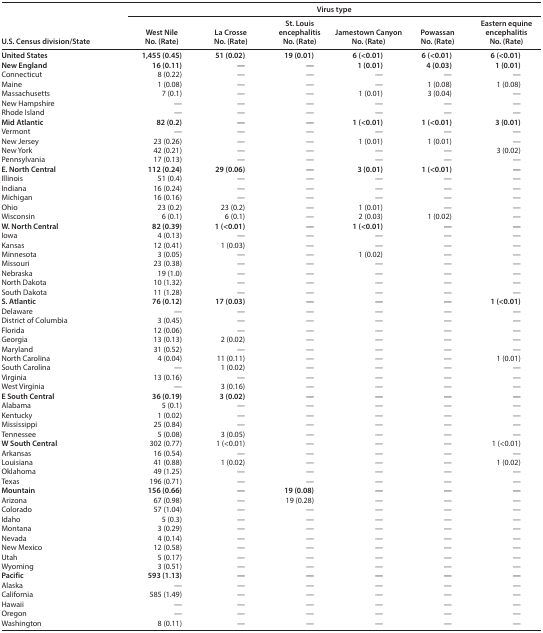
<table><thead><tr><td rowspan="3"><b>U.S. Census division/State</b></td><td colspan="6"><b>Virus type</b></td></tr><tr><td><b>West Nile</b></td><td><b>La Crosse</b></td><td><b>St. Louis encephalitis</b></td><td><b>Jamestown Canyon</b></td><td><b>Powassan</b></td><td><b>Eastern equine encephalitis</b></td></tr><tr><td><b>No. (Rate)</b></td><td><b>No. (Rate)</b></td><td><b>No. (Rate)</b></td><td><b>No. (Rate)</b></td><td><b>No. (Rate)</b></td><td><b>No. (Rate)</b></td></tr><tr><td><b>United States</b></td><td><b>1,455 (0.45)</b></td><td><b>51 (0.02)</b></td><td><b>19 (0.01)</b></td><td><b>6 (&lt;0.01)</b></td><td><b>6 (&lt;0.01)</b></td><td><b>6 (&lt;0.01)</b></td></tr></thead><tbody><tr><td><b>New England</b></td><td><b>16 (0.11)</b></td><td><b>—</b></td><td><b>—</b></td><td><b>1 (0.01)</b></td><td><b>4 (0.03)</b></td><td><b>1 (0.01)</b></td></tr><tr><td>Connecticut</td><td>8 (0.22)</td><td>—</td><td>—</td><td>—</td><td>—</td><td>—</td></tr><tr><td>Maine</td><td>1 (0.08)</td><td>—</td><td>—</td><td>—</td><td>1 (0.08)</td><td>1 (0.08)</td></tr><tr><td>Massachusetts</td><td>7 (0.1)</td><td>—</td><td>—</td><td>1 (0.01)</td><td>3 (0.04)</td><td>—</td></tr><tr><td>New Hampshire</td><td>—</td><td>—</td><td>—</td><td>—</td><td>—</td><td>—</td></tr><tr><td>Rhode Island</td><td>—</td><td>—</td><td>—</td><td>—</td><td>—</td><td>—</td></tr><tr><td><b>Mid Atlantic</b></td><td><b>82 (0.2)</b></td><td><b>—</b></td><td><b>—</b></td><td><b>1 (&lt;0.01)</b></td><td><b>1 (&lt;0.01)</b></td><td><b>3 (0.01)</b></td></tr><tr><td>Vermont</td><td>—</td><td>—</td><td>—</td><td>—</td><td>—</td><td>—</td></tr><tr><td>New Jersey</td><td>23 (0.26)</td><td>—</td><td>—</td><td>1 (0.01)</td><td>1 (0.01)</td><td>—</td></tr><tr><td>New York</td><td>42 (0.21)</td><td>—</td><td>—</td><td>—</td><td>—</td><td>3 (0.02)</td></tr><tr><td>Pennsylvania</td><td>17 (0.13)</td><td>—</td><td>—</td><td>—</td><td>—</td><td>—</td></tr><tr><td><b>E. North Central</b></td><td><b>112 (0.24)</b></td><td><b>29 (0.06)</b></td><td><b>—</b></td><td><b>3 (0.01)</b></td><td><b>1 (&lt;0.01)</b></td><td><b>—</b></td></tr><tr><td>Illinois</td><td>51 (0.4)</td><td>—</td><td>—</td><td>—</td><td>—</td><td>—</td></tr><tr><td>Indiana</td><td>16 (0.24)</td><td>—</td><td>—</td><td>—</td><td>—</td><td>—</td></tr><tr><td>Michigan</td><td>16 (0.16)</td><td>—</td><td>—</td><td>—</td><td>—</td><td>—</td></tr><tr><td>Ohio</td><td>23 (0.2)</td><td>23 (0.2)</td><td>—</td><td>1 (0.01)</td><td>—</td><td>—</td></tr><tr><td>Wisconsin</td><td>6 (0.1)</td><td>6 (0.1)</td><td>—</td><td>2 (0.03)</td><td>1 (0.02)</td><td>—</td></tr><tr><td><b>W. North Central</b></td><td><b>82 (0.39)</b></td><td><b>1 (&lt;0.01)</b></td><td><b>—</b></td><td><b>1 (&lt;0.01)</b></td><td><b>—</b></td><td><b>—</b></td></tr><tr><td>Iowa</td><td>4 (0.13)</td><td>—</td><td>—</td><td>—</td><td>—</td><td>—</td></tr><tr><td>Kansas</td><td>12 (0.41)</td><td>1 (0.03)</td><td>—</td><td>—</td><td>—</td><td>—</td></tr><tr><td>Minnesota</td><td>3 (0.05)</td><td>—</td><td>—</td><td>1 (0.02)</td><td>—</td><td>—</td></tr><tr><td>Missouri</td><td>23 (0.38)</td><td>—</td><td>—</td><td>—</td><td>—</td><td>—</td></tr><tr><td>Nebraska</td><td>19 (1.0)</td><td>—</td><td>—</td><td>—</td><td>—</td><td>—</td></tr><tr><td>North Dakota</td><td>10 (1.32)</td><td>—</td><td>—</td><td>—</td><td>—</td><td>—</td></tr><tr><td>South Dakota</td><td>11 (1.28)</td><td>—</td><td>—</td><td>—</td><td>—</td><td>—</td></tr><tr><td><b>S. Atlantic</b></td><td><b>76 (0.12)</b></td><td><b>17 (0.03)</b></td><td><b>—</b></td><td><b>—</b></td><td><b>—</b></td><td><b>1 (&lt;0.01)</b></td></tr><tr><td>Delaware</td><td>—</td><td>—</td><td>—</td><td>—</td><td>—</td><td>—</td></tr><tr><td>District of Columbia</td><td>3 (0.45)</td><td>—</td><td>—</td><td>—</td><td>—</td><td>—</td></tr><tr><td>Florida</td><td>12 (0.06)</td><td>—</td><td>—</td><td>—</td><td>—</td><td>—</td></tr><tr><td>Georgia</td><td>13 (0.13)</td><td>2 (0.02)</td><td>—</td><td>—</td><td>—</td><td>—</td></tr><tr><td>Maryland</td><td>31 (0.52)</td><td>—</td><td>—</td><td>—</td><td>—</td><td>—</td></tr><tr><td>North Carolina</td><td>4 (0.04)</td><td>11 (0.11)</td><td>—</td><td>—</td><td>—</td><td>1 (0.01)</td></tr><tr><td>South Carolina</td><td>—</td><td>1 (0.02)</td><td>—</td><td>—</td><td>—</td><td>—</td></tr><tr><td>Virginia</td><td>13 (0.16)</td><td>—</td><td>—</td><td>—</td><td>—</td><td>—</td></tr><tr><td>West Virginia</td><td>—</td><td>3 (0.16)</td><td>—</td><td>—</td><td>—</td><td>—</td></tr><tr><td><b>E South Central</b></td><td><b>36 (0.19)</b></td><td><b>3 (0.02)</b></td><td><b>—</b></td><td><b>—</b></td><td><b>—</b></td><td><b>—</b></td></tr><tr><td>Alabama</td><td>5 (0.1)</td><td>—</td><td>—</td><td>—</td><td>—</td><td>—</td></tr><tr><td>Kentucky</td><td>1 (0.02)</td><td>—</td><td>—</td><td>—</td><td>—</td><td>—</td></tr><tr><td>Mississippi</td><td>25 (0.84)</td><td>—</td><td>—</td><td>—</td><td>—</td><td>—</td></tr><tr><td>Tennessee</td><td>5 (0.08)</td><td>3 (0.05)</td><td>—</td><td>—</td><td>—</td><td>—</td></tr><tr><td><b>W South Central</b></td><td>302 (0.77)</td><td>1 (&lt;0.01)</td><td>—</td><td>—</td><td>—</td><td>1 (&lt;0.01)</td></tr><tr><td>Arkansas</td><td>16 (0.54)</td><td>—</td><td>—</td><td>—</td><td>—</td><td>—</td></tr><tr><td>Louisiana</td><td>41 (0.88)</td><td>1 (0.02)</td><td>—</td><td>—</td><td>—</td><td>1 (0.02)</td></tr><tr><td>Oklahoma</td><td>49 (1.25)</td><td>—</td><td>—</td><td>—</td><td>—</td><td>—</td></tr><tr><td>Texas</td><td>196 (0.71)</td><td>—</td><td>—</td><td>—</td><td>—</td><td>—</td></tr><tr><td><b>Mountain</b></td><td><b>156</b> (<b>0.66</b>)</td><td><b>—</b></td><td><b>19 (0.08)</b></td><td><b>—</b></td><td><b>—</b></td><td><b>—</b></td></tr><tr><td>Arizona</td><td>67 (0.98)</td><td>—</td><td>19 (0.28)</td><td>—</td><td>—</td><td>—</td></tr><tr><td>Colorado</td><td>57 (1.04)</td><td>—</td><td>—</td><td>—</td><td>—</td><td>—</td></tr><tr><td>Idaho</td><td>5 (0.3)</td><td>—</td><td>—</td><td>—</td><td>—</td><td>—</td></tr><tr><td>Montana</td><td>3 (0.29)</td><td>—</td><td>—</td><td>—</td><td>—</td><td>—</td></tr><tr><td>Nevada</td><td>4 (0.14)</td><td>—</td><td>—</td><td>—</td><td>—</td><td>—</td></tr><tr><td>New Mexico</td><td>12 (0.58)</td><td>—</td><td>—</td><td>—</td><td>—</td><td>—</td></tr><tr><td>Utah</td><td>5 (0.17)</td><td>—</td><td>—</td><td>—</td><td>—</td><td>—</td></tr><tr><td>Wyoming</td><td>3 (0.51)</td><td>—</td><td>—</td><td>—</td><td>—</td><td>—</td></tr><tr><td><b>Pacific</b></td><td><b>593</b> (<b>1.13</b>)</td><td><b>—</b></td><td><b>—</b></td><td><b>—</b></td><td><b>—</b></td><td><b>—</b></td></tr><tr><td>Alaska</td><td>—</td><td>—</td><td>—</td><td>—</td><td>—</td><td>—</td></tr><tr><td>California</td><td>585 (1.49)</td><td>—</td><td>—</td><td>—</td><td>—</td><td>—</td></tr><tr><td>Hawaii</td><td>—</td><td>—</td><td>—</td><td>—</td><td>—</td><td>—</td></tr><tr><td>Oregon</td><td>—</td><td>—</td><td>—</td><td>—</td><td>—</td><td>—</td></tr><tr><td>Washington</td><td>8 (0.11)</td><td>—</td><td>—</td><td>—</td><td>—</td><td>—</td></tr></tbody></table>